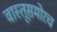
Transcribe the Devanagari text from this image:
वास्तूसमोरच